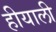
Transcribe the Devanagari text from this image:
हीयाली